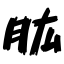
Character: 肱